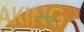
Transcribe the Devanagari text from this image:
पिनॉम